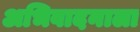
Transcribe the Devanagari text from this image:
अभिवादनाला